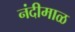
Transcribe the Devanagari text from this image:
नंदीमाळ